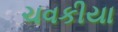
ચવકીયા